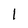
Character: l